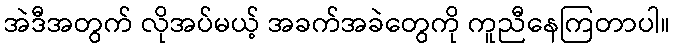
အဲဒီအတွက် လိုအပ်မယ့် အခက်အခဲတွေကို ကူညီနေကြတာပါ။